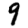
Digit: 9